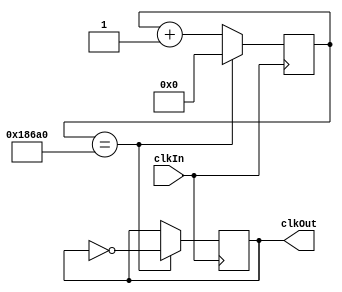
`timescale 1ns / 1ps

module segClk(
    input clkIn,
    output reg clkOut
    );
    reg [31:0] counter;
    always @(posedge clkIn) begin
        if (counter == 100000) begin 
            counter <= 0;
            clkOut <= ~clkOut;
        end
        else begin
            counter <= counter + 1;        
        end
    end
endmodule